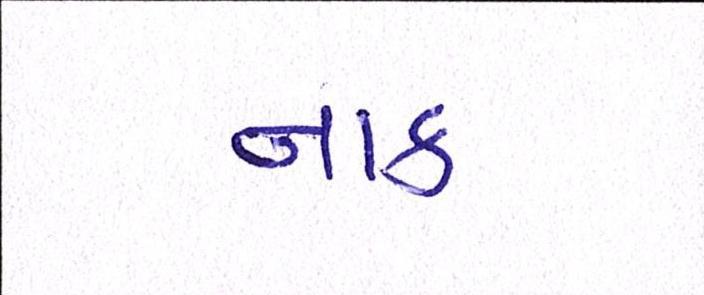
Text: નાક